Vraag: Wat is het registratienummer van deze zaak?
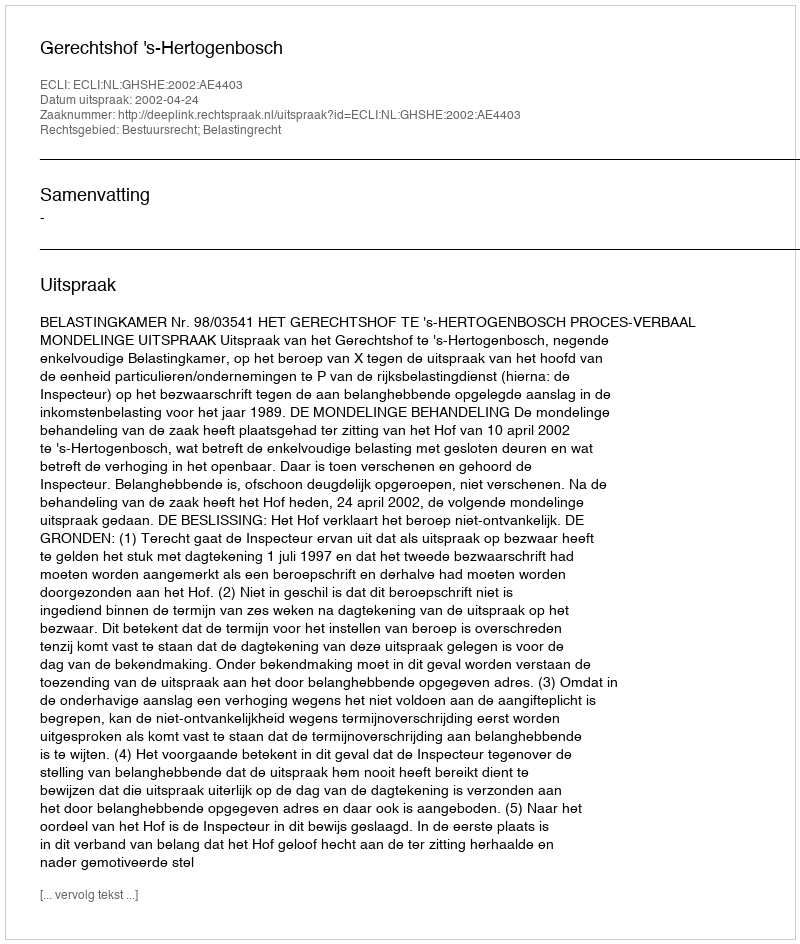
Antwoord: http://deeplink.rechtspraak.nl/uitspraak?id=ECLI:NL:GHSHE:2002:AE4403